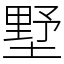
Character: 墅